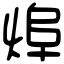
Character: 㷆